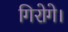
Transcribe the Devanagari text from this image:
गिरोगे।